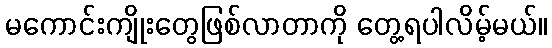
မကောင်းကျိုးတွေဖြစ်လာတာကို တွေ့ရပါလိမ့်မယ်။